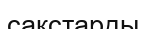
сакстарды